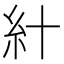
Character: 𥾅